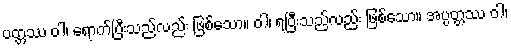
ပတ္တဿ ဝါ၊ ရောက်ပြီးသည်လည်း ဖြစ်သော။ ဝါ၊ ရပြီးသည်လည်း ဖြစ်သော။ အပ္ပတ္တဿ ဝါ၊